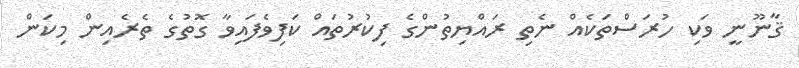
ޤާނޫނީ ވަކި ހުރަސްތަކެއް ނެތި ރައްޔިތުންގެ ފިކުރުތައް ކަފިވެފައިވާ ގޮތުގެ ތެރެއިން މިކަން